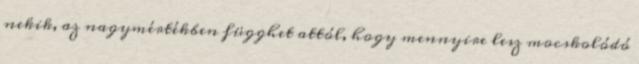
nekik, az nagymértékben függhet attól, hogy mennyire lesz mocskolódó